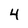
Character: 4